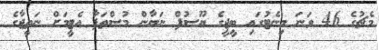
މެޗުގެ 46 ވަނަ މިނެޓުގައި ބީޖީގެ ޔޫސުފް ނަޔާން މުސްތަފާ އެޓީމަށް ނަތީޖާގެ